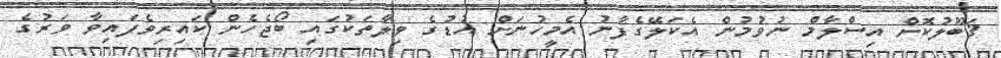
ޤަބޫލުކޮށް އިސްލާމް ނުވުމުން އެކަލޭގެފާނު އެމީހުނަށް އުޑުގެ ވިލާތަކުގައި ބޯޖެހެން ކައިރިވެފައިވާ ވަރުގެ